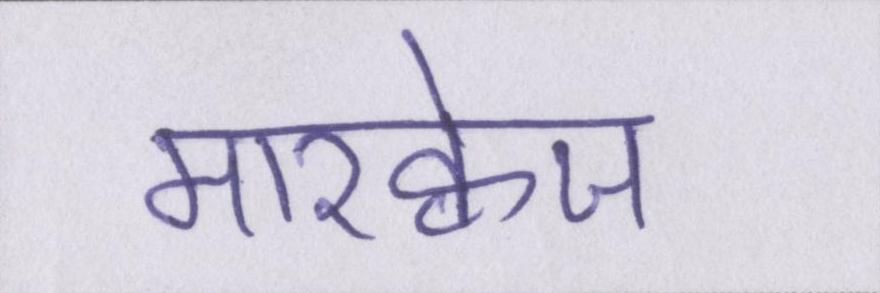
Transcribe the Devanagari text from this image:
मारक्वेज